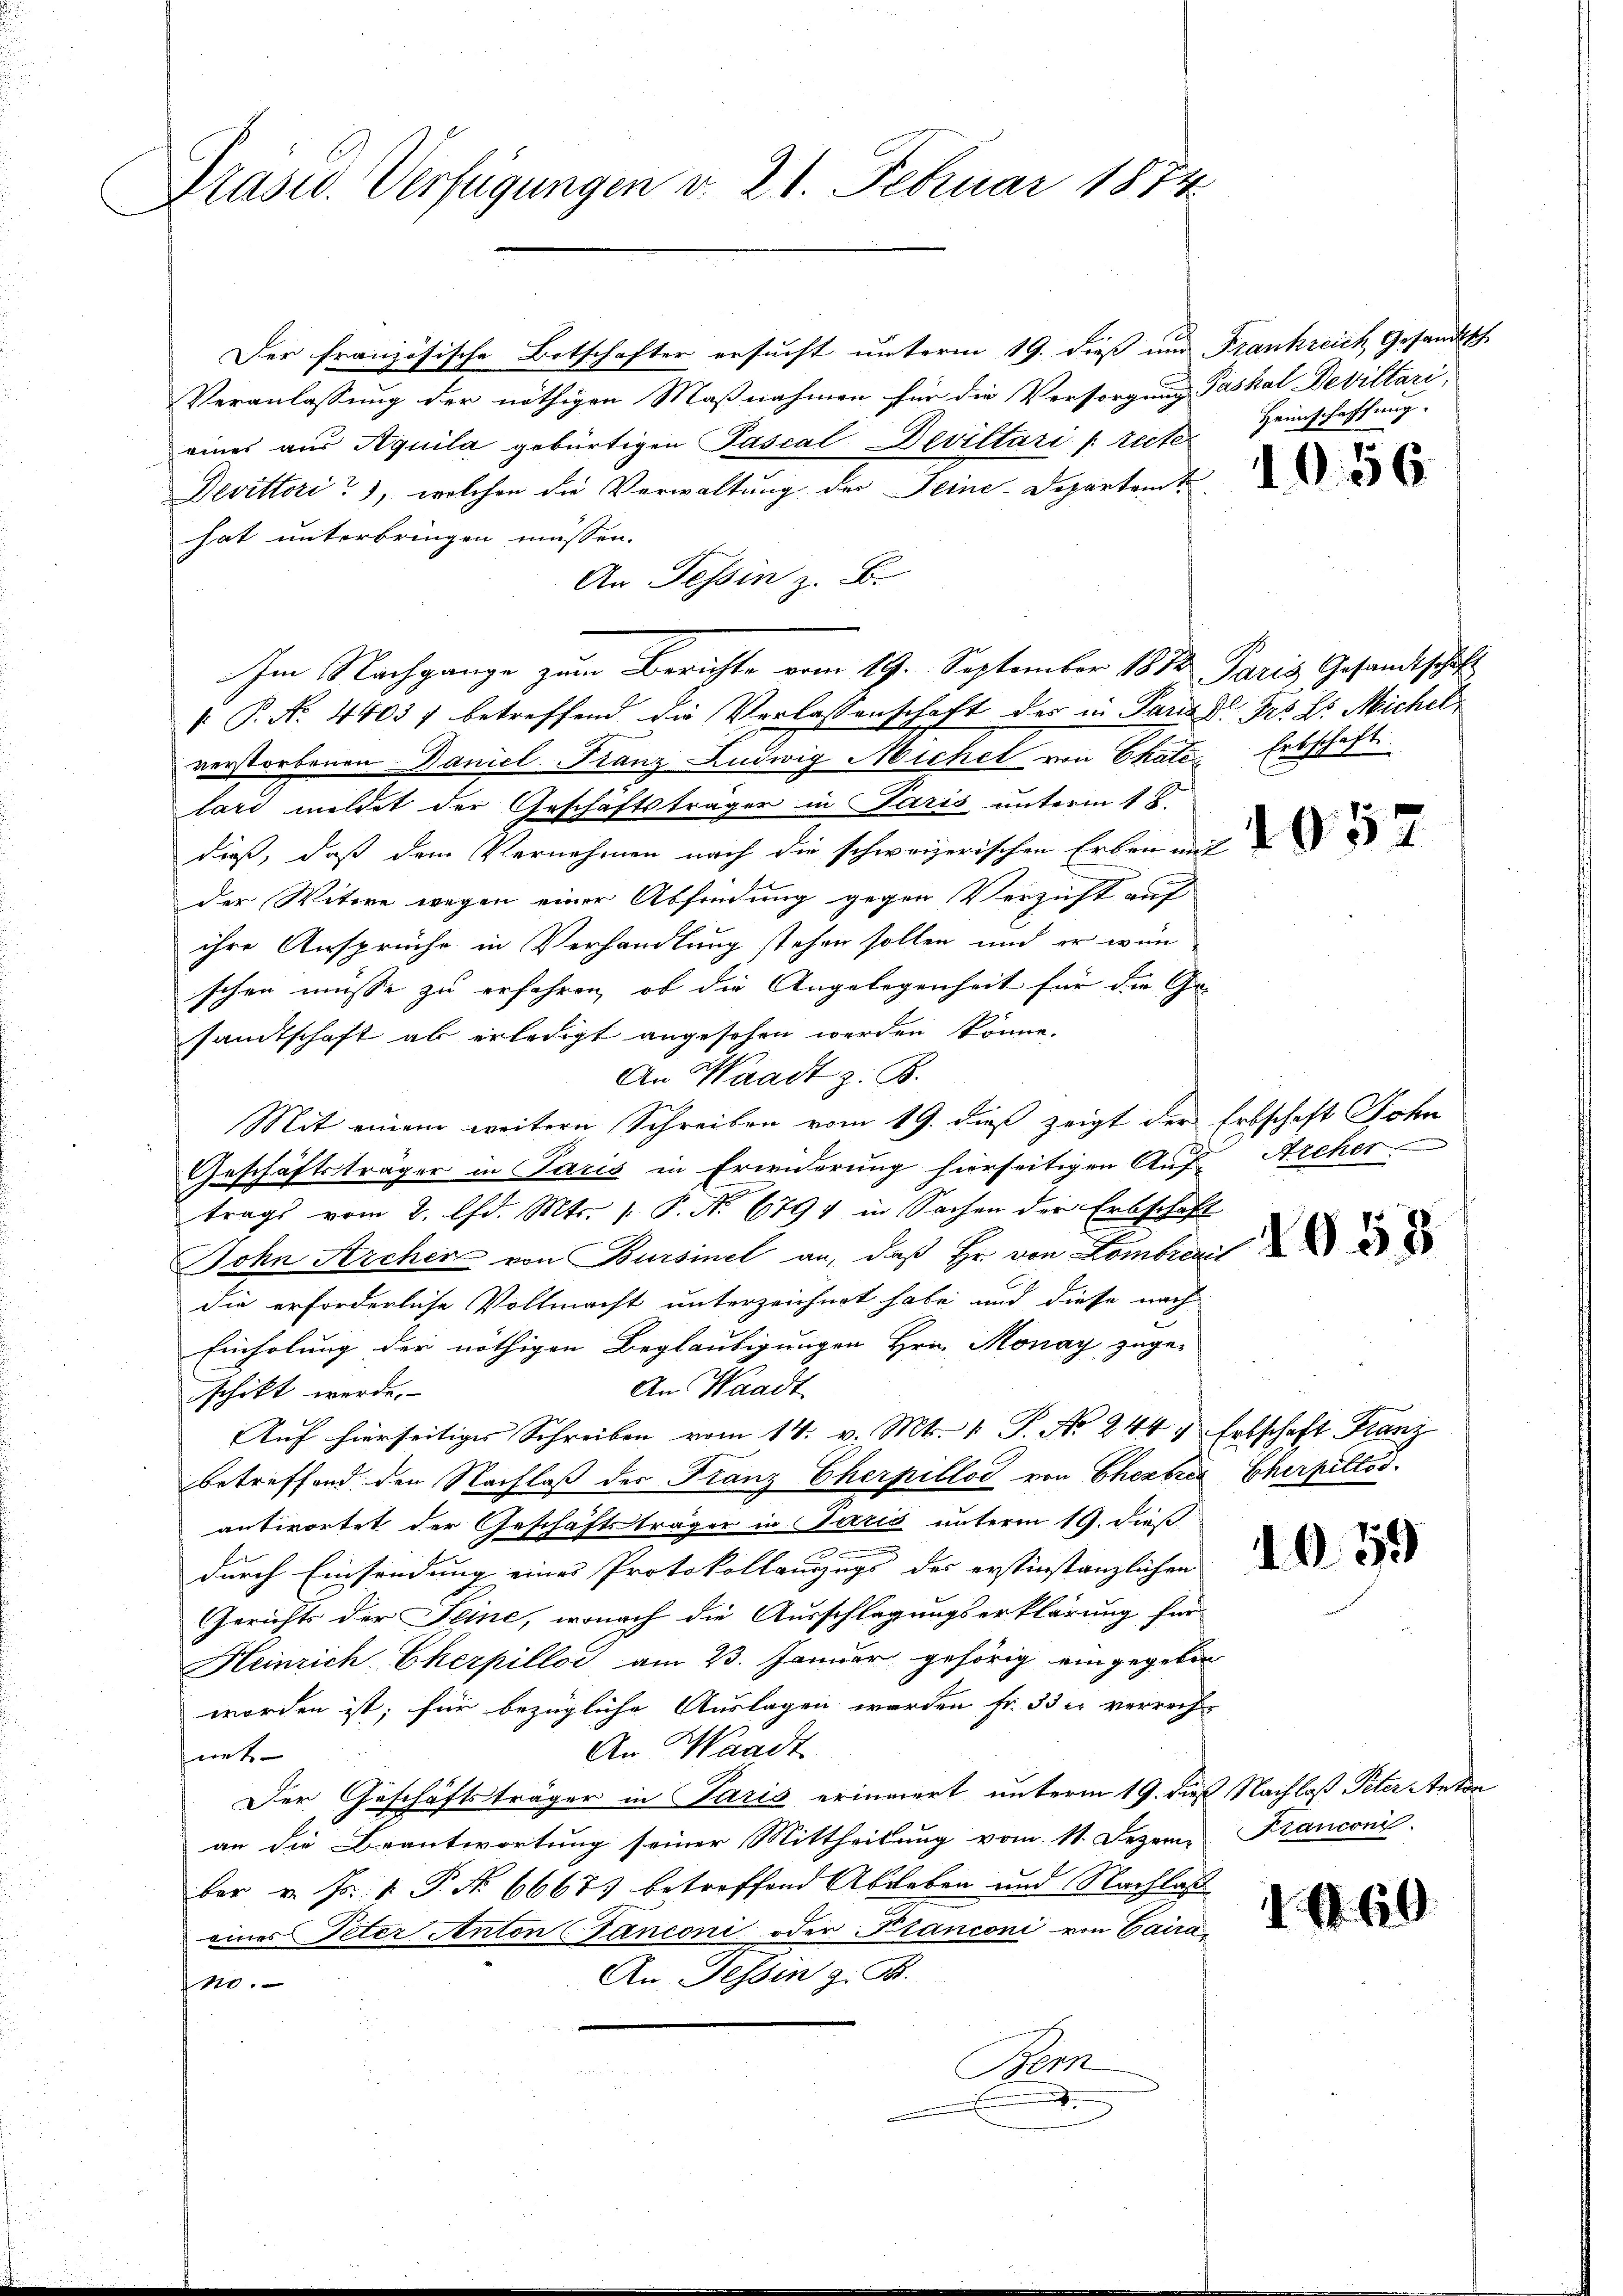
Präsid. Verfügungen v. 21. Februar 1874

Der französische Botschafter ersucht unterm 19. dieß und Frankreich Gesandtsch
Veranlassung der nöthigen Maßnahmen für die Versorgung Gaskal Deviltari,
eines aus Aquila gebürtigen Pascal Deviltari [recte
Devittori, welchen die Verwaltung der Feine Departamt
hat unterbringen müssen.
An Tessin z. B.
Im Nachgange zum Berichte vom 19. September 1872 Paris Gesandtschaft
 P. N. 44037 betreffend die Verlassenschaft des in Pand. Frs. Dr. Michelverstorbenen Daniel Franz Ludwig Michel von Chaten Erbschaft
lard meldet der Geschäftsträger in Paris unterm 18.
dieß, daß dem Vernehmen nach die schwererischen Erben auf
der Witwe wegen einer Abfindung gegen Verzicht auf
ihre Ansprüche in Verhandlung stehen sollen und er wün
schen müsse zu erfahren, ob die Angelegenheit für die Ge-
sandtschaft ab erledigt angesehen werden könne.
An Waadt z. B.
Mit einem weitern Schreiben vom 19. dieß zeigt der Erbschaft Sohn
Geschäftsträger in Paris in Erwiderung hierseitigen Auf-Archer
trags vom 2. d. Mts. 1. P. Nr. 6791 in Sachen der Erbschaft
John Archer von Bursinel an, daß Hr. von Kombrenn
die erforderliche Vollmacht unterzeichnet habe und diese nach
Einholung der nöthigen Beglaubigungen Hrn. Monay zuge-
An Waadt
schikt werde.
Auf hierseitiges Schreiben vom 14. v. Mts. 1. P. Nr. 244 7 Erbschaft Franz
betreffend den Nachlaß der Franz Cherpillod von Eheabre
antwortet der Geschäftsträger in Paris unterm 19. dieß
durch Einsendung eines Protokollanzugs des erstinstanzlichen
Gerichts der Seine, wonach die Ausschlagungserklärung für
Heinrich Cherpillos am 23. Januar gehörig eingegeben
worden ist; für bezügliche Auslagen werden fr. 33 x verrecht
An Waadt
net
Der Geschäftsträger in Paris erinnert unterm 19. dieß Nachloß Peter Anton
an die Beantwortung seiner Mittheilung vom 11. Dezem Kranconi
ber v. Js. 1. P. Nr. 6667 betroffend Abgeben und Nachlass
eines Peter Anton (Tanconi oder Kranconi von Gaira
An Tessin z. B.
10
om
.

Heimschaffung.

1056

2058

Cherpellos.

1079

.

60